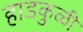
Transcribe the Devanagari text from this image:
हाडकुळी